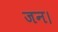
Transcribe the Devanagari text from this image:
जन।